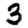
Digit: 3